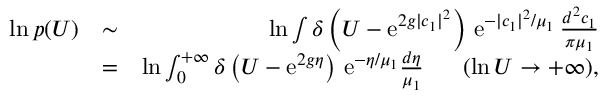
\begin{array} { r l r } { \ln p ( U ) } & { \sim } & { \ln \int \delta \left( U - \mathrm { e } ^ { 2 g \vert c _ { 1 } \vert ^ { 2 } } \right) \, \mathrm { e } ^ { - \vert c _ { 1 } \vert ^ { 2 } / \mu _ { 1 } } \, \frac { d ^ { 2 } c _ { 1 } } { \pi \mu _ { 1 } } } \\ & { = } & { \ln \int _ { 0 } ^ { + \infty } \delta \left( U - \mathrm { e } ^ { 2 g \eta } \right) \, \mathrm { e } ^ { - \eta / \mu _ { 1 } } \frac { d \eta } { \mu _ { 1 } } \ \ \ \ \ ( \ln U \to + \infty ) , } \end{array}